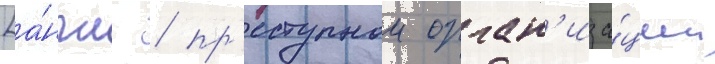
[а́нгл. / пр'еступнои орган'иза́ции